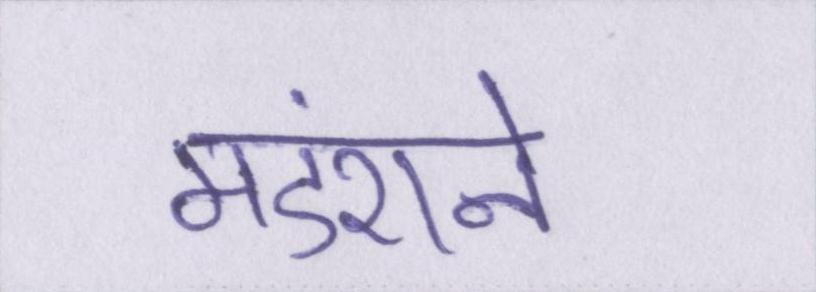
मंडराने